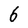
Character: 6